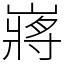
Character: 嶈